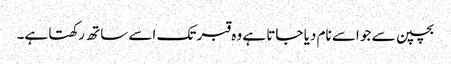
بچپن سے جو اسے نام دیا جاتا ہے وہ قبر تک اسے ساتھ رکھتا ہے۔